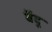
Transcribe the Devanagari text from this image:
बेंदू